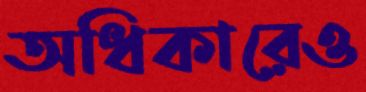
অধিকারেও